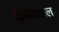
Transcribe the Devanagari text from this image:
द्बिजेन्द्रलाल